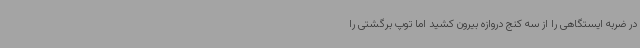
در ضربه ایستگاهی را از سه کنج دروازه بیرون کشید اما توپ برگشتی را